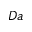
D a